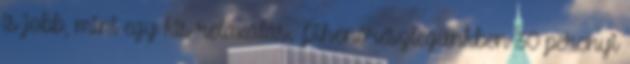
is jobb, mint egy kis relaxálás. Pihenőrészlegünkben 30 percnyi